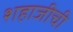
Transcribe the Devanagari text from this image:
शहाजीची